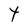
Character: Y